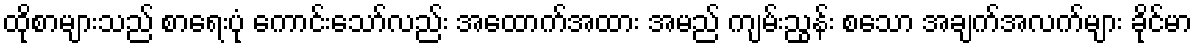
ထိုစာများသည် စာရေးပုံ ကောင်းသော်လည်း အထောက်အထား အမည် ကျမ်းညွန်း စသော အချက်အလက်များ ခိုင်မာ